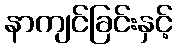
နာကျင်ခြင်းနှင့်